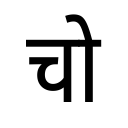
OCR:
चो